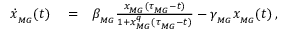
\begin{array} { r l r } { \dot { x } _ { _ { M G } } ( t ) } & { { } = } & { \beta _ { _ { M G } } \frac { x _ { _ { M G } } ( \tau _ { _ { M G } } - t ) } { 1 + x _ { _ { M G } } ^ { q } ( \tau _ { _ { M G } } - t ) } - \gamma _ { _ { M G } } x _ { _ { M G } } ( t ) \, , } \end{array}